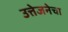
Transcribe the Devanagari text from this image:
उत्तेजनेचा